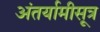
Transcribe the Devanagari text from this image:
अंतर्यामीसूत्र